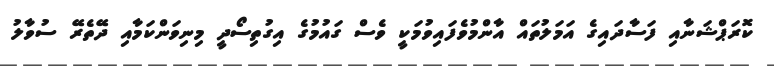
ކޮރަޕްޝަނާއި ފަސާދައިގެ އަމަލުތައް އާންމުވެފައިވުމަކީ ވެސް ގައުމުގެ އިގުތިސޯދީ މިނިވަންކަމާއި ދޭތެރޭ ސުވާލު